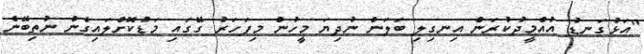
"އަޅުގަނޑު އުއްމީދުކުރަން އިނގިލި ބަލަން ނުދިޔަ މީހުން މިފަހަރު ގޭގައި މަޑުކޮށްލައިގެން ނުތިބޭނެ